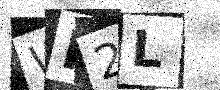
Text: WK2L